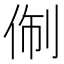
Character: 𬾑